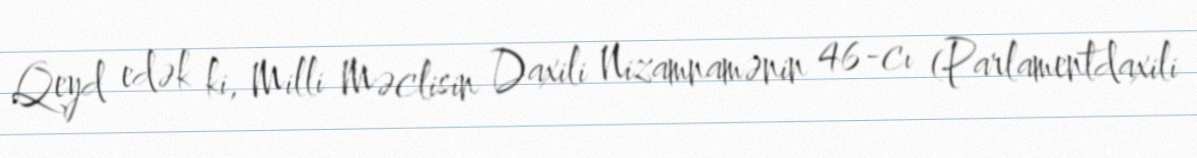
Qeyd edək ki, Milli Məclisin Daxili Nizamnamənin 46-cı (Parlamentdaxili